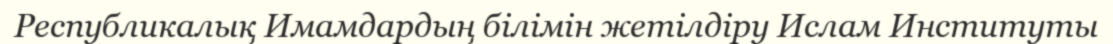
Республикалық Имамдардың білімін жетілдіру Ислам Институты